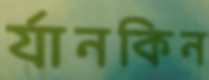
র‍্যানকিন